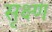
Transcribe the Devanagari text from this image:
सृक्ष्‍ण